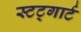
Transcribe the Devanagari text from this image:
स्टट्गार्ट